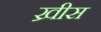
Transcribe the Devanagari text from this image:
ख्रीस